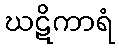
ဃဋိကာရံ